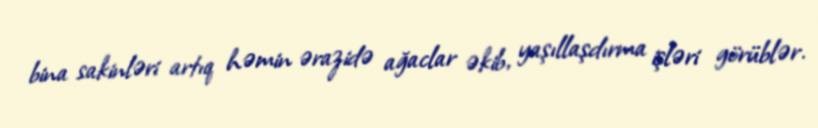
bina sakinləri artıq həmin ərazidə ağaclar əkib, yaşıllaşdırma işləri görüblər.